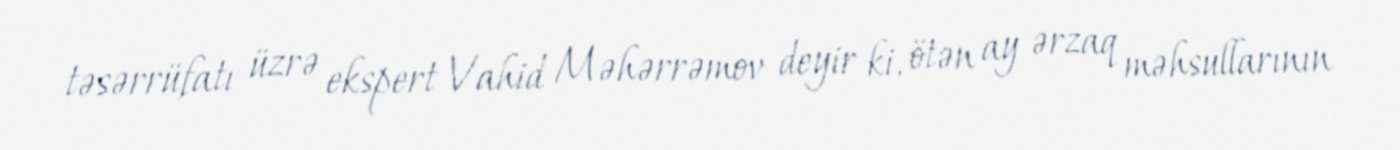
təsərrüfatı üzrə ekspert Vahid Məhərrəmov deyir ki, ötən ay ərzaq məhsullarının